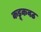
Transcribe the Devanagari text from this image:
कडूकवठ